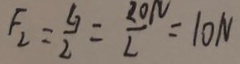
F _ { 2 } = \frac { G } { 2 } = \frac { 2 0 N } { 2 } = 1 0 N